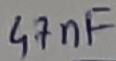
Text: 47nF